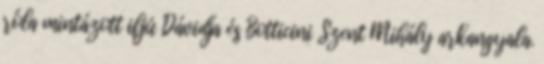
róla mintázott ifjú Dávidja és Botticini Szent Mihály arkangyala.